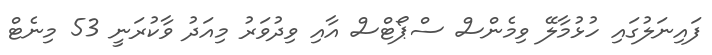
ފައިނަލުގައި ހުޅުމާލޭ ވިމެންސް ސްޕޯޓްސް އާއި ވިދުވަރު މިއަދު ވާކުރަނީ 53 މިނެޓް